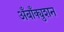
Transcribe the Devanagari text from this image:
अँबाँक्युशन